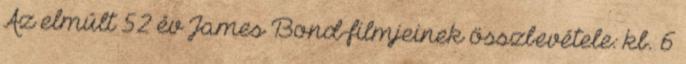
Az elmúlt 52 év James Bond-filmjeinek összbevétele: kb. 6